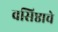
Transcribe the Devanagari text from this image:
वसिष्ठाचे